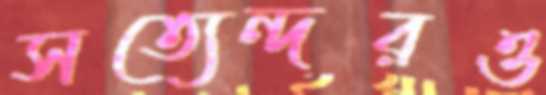
সত্যেন্দরও